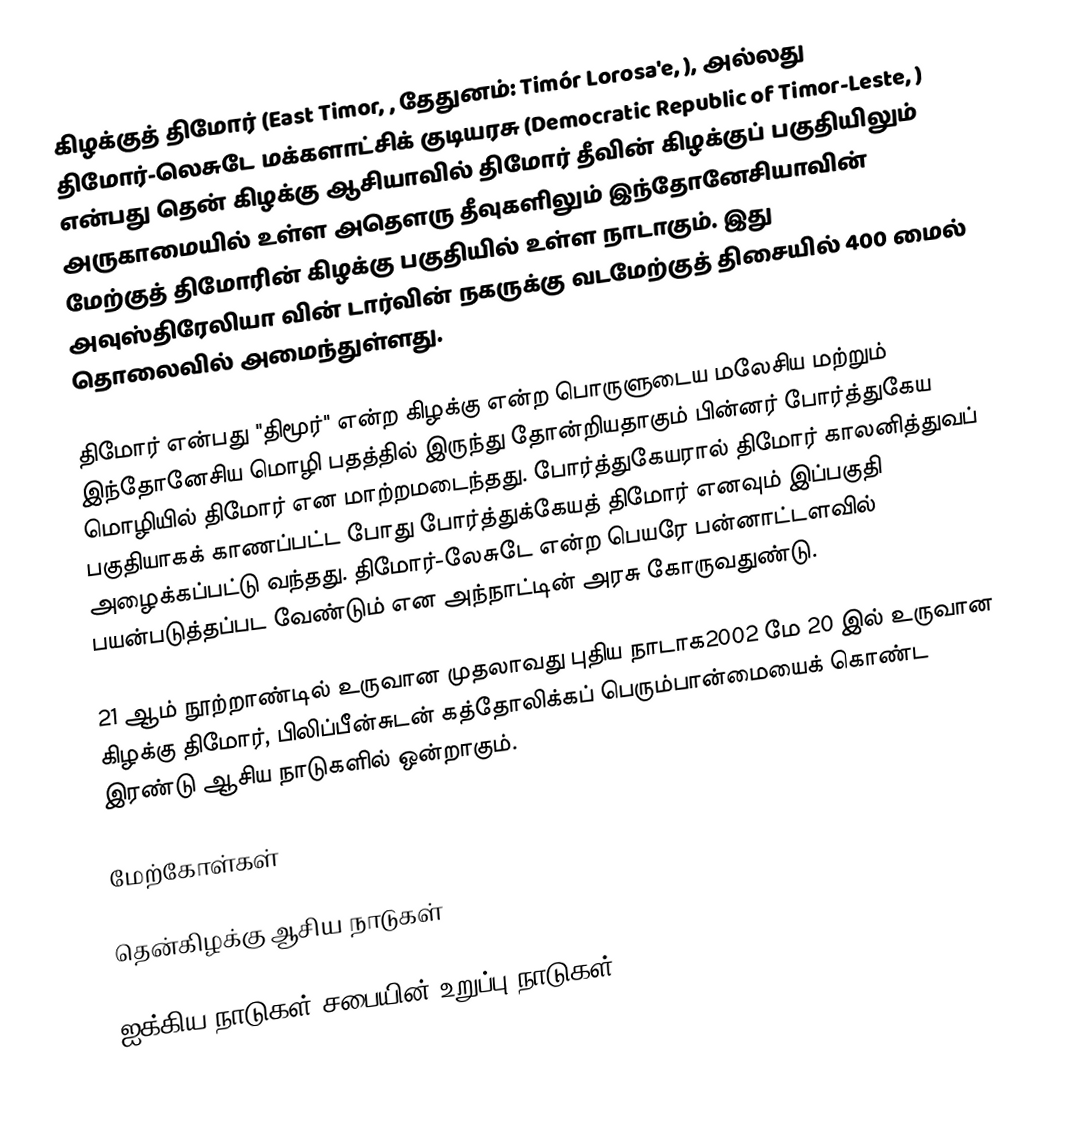
கிழக்குத் திமோர் (East Timor, , தேதுனம்: Timór Lorosa'e, ), அல்லது திமோர்-லெசுடே மக்களாட்சிக் குடியரசு (Democratic Republic of Timor-Leste, ) என்பது தென் கிழக்கு ஆசியாவில் திமோர் தீவின் கிழக்குப் பகுதியிலும் அருகாமையில் உள்ள அதௌரு தீவுகளிலும் இந்தோனேசியாவின் மேற்குத் திமோரின் கிழக்கு பகுதியில் உள்ள நாடாகும். இது அவுஸ்திரேலியா வின் டார்வின் நகருக்கு வடமேற்குத் திசையில் 400 மைல் தொலைவில் அமைந்துள்ளது.

திமோர் என்பது "திமூர்" என்ற கிழக்கு என்ற பொருளுடைய மலேசிய மற்றும் இந்தோனேசிய மொழி பதத்தில் இருந்து தோன்றியதாகும் பின்னர் போர்த்துகேய மொழியில் திமோர் என மாற்றமடைந்தது. போர்த்துகேயரால் திமோர் காலனித்துவப் பகுதியாகக் காணப்பட்ட போது போர்த்துக்கேயத் திமோர் எனவும் இப்பகுதி அழைக்கப்பட்டு வந்தது. திமோர்-லேசுடே என்ற பெயரே பன்னாட்டளவில் பயன்படுத்தப்பட வேண்டும் என அந்நாட்டின் அரசு கோருவதுண்டு.

21 ஆம் நூற்றாண்டில் உருவான முதலாவது புதிய நாடாக2002 மே 20 இல் உருவான கிழக்கு திமோர், பிலிப்பீன்சுடன் கத்தோலிக்கப் பெரும்பான்மையைக் கொண்ட இரண்டு ஆசிய நாடுகளில் ஒன்றாகும்.

மேற்கோள்கள்

தென்கிழக்கு ஆசிய நாடுகள்

ஐக்கிய நாடுகள் சபையின் உறுப்பு நாடுகள்